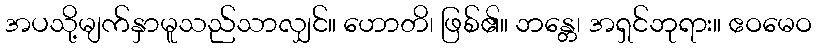
အပသို့မျက်နှာမူသည်သာလျှင်။ ဟောတိ၊ ဖြစ်၏။ ဘန္တေ၊ အရှင်ဘုရား။ ဧဝမေဝ